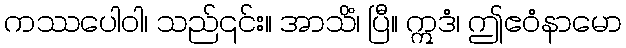
ကဿပေါဝါ၊ သည်၎င်း။ အာသိံ၊ ပြီ။ ဣဒံ၊ ဤဧဝံနာမော